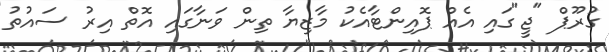
ގުރޫޕް "ޖީ"ގައި އެއް ޕޮއިންޓާއެކު މާޒިޔާ ތިން ވަނާގައި އޮތް އިރު ސައުތު